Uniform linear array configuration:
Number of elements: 64
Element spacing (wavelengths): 0.5
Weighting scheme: blackman
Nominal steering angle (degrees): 45
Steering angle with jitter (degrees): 43.368
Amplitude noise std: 0.05
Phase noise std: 0.05

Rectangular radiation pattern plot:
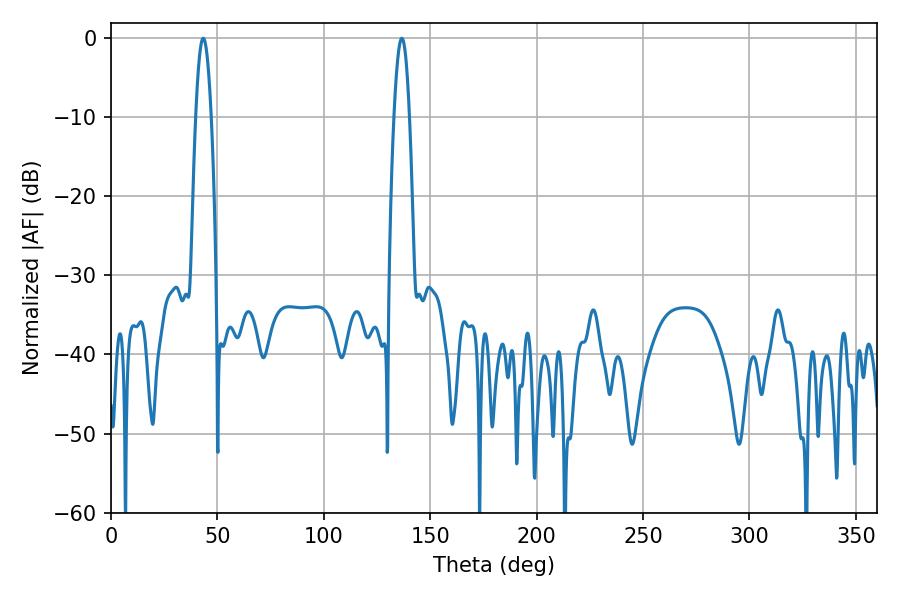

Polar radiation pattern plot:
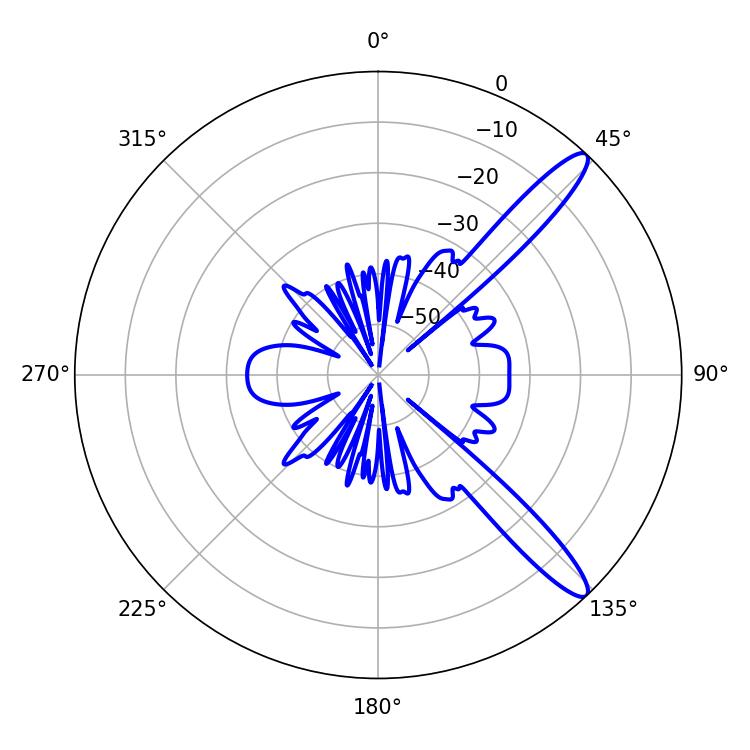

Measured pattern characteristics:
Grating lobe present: FALSE
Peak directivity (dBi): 12.833
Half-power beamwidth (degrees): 3.96
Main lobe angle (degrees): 43.38